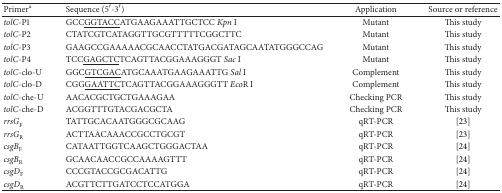
<table><thead><tr><td><b>Primer<sup>a</sup></b></td><td><b>Sequence (5′-3′)</b></td><td><b>Application</b></td><td><b>Source or reference</b></td></tr></thead><tbody><tr><td><i>tolC</i>-P1</td><td>GCC<underline>GGTACC</underline>ATGAAGAAATTGCTCC <i>Kpn</i> I</td><td>Mutant</td><td>This study</td></tr><tr><td><i>tolC</i>-P2</td><td>CTATCGTCATAGGTTGCGTTTTTCGGCTTC</td><td>Mutant</td><td>This study</td></tr><tr><td><i>tolC</i>-P3</td><td>GAAGCCGAAAAACGCAACCTATGACGATAGCAATATGGGCCAG</td><td>Mutant</td><td>This study</td></tr><tr><td><i>tolC</i>-P4</td><td>TCC<underline>GAGCTC</underline>TCAGTTACGGAAAGGGT <i>Sac</i> I</td><td>Mutant</td><td>This study</td></tr><tr><td><i>tolC</i>-clo-U</td><td>GGC<underline>GTCGAC</underline>ATGCAAATGAAGAAATTG <i>Sal </i><i>Ι</i></td><td>Complement</td><td>This study</td></tr><tr><td><i>tolC</i>-clo-D</td><td>CGG<underline>GAATTC</underline>TCAGTTACGGAAAGGGTT <i>Eco</i>R <i>Ι</i></td><td>Complement</td><td>This study</td></tr><tr><td><i>tolC</i>-che-U</td><td>AACACGCTGCTGAAAGAA</td><td>Checking PCR</td><td>This study</td></tr><tr><td><i>tolC</i>-che-D</td><td>ACGGTTTGTACGACGCTA</td><td>Checking PCR</td><td>This study</td></tr><tr><td><i>rrsG</i><sub>F</sub></td><td>TATTGCACAATGGGCGCAAG</td><td>qRT-PCR</td><td>[23]</td></tr><tr><td><i>rrsG</i><sub>R</sub></td><td>ACTTAACAAACCGCCTGCGT</td><td>qRT-PCR</td><td>[23]</td></tr><tr><td><i>csgB</i><sub>F</sub></td><td>CATAATTGGTCAAGCTGGGACTAA</td><td>qRT-PCR</td><td>[24]</td></tr><tr><td><i>csgB</i><sub>R</sub></td><td>GCAACAACCGCCAAAAGTTT</td><td>qRT-PCR</td><td>[24]</td></tr><tr><td><i>csgD</i><sub>F</sub></td><td>CCCGTACCGCGACATTG</td><td>qRT-PCR</td><td>[24]</td></tr><tr><td><i>csgD</i><sub>R</sub></td><td>ACGTTCTTGATCCTCCATGGA</td><td>qRT-PCR</td><td>[24]</td></tr></tbody></table>